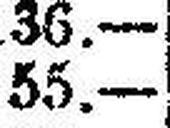
55.—